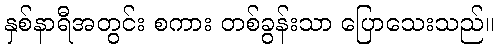
နှစ်နာရီအတွင်း စကား တစ်ခွန်းသာ ပြောသေးသည်။